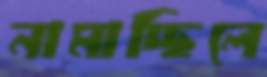
নামাচ্ছিলে